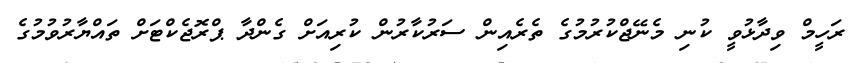
ރަހީމް ވިދާޅުވީ ކުނި މެނޭޖްކުރުމުގެ ތެރެއިން ސަރުކާރުން ކުރިއަށް ގެންދާ ޕްރޮޖެކްޓަށް ތައްޔާރުވުމުގެ